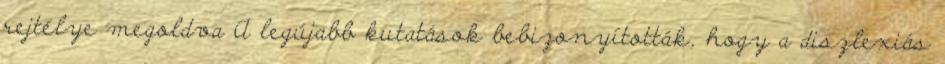
rejtélye megoldva A legújabb kutatások bebizonyították, hogy a diszlexiás